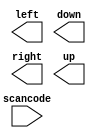
// Suppose you're building a circuit to process scancodes from a PS/2 keyboard for a game. 
// Given the last two bytes of scancodes received, you need to indicate whether one of the 
// arrow keys on the keyboard have been pressed. This involves a fairly simple mapping, 
// which can be implemented as a case statement (or if-elseif) with four cases.


// Scancode [15:0]	Arrow key
// 16'he06b		left arrow
// 16'he072		down arrow
// 16'he074		right arrow
// 16'he075		up arrow
// Anything else	none

// Hint: Your circuit has one 16-bit input, and four outputs. Build this circuit that 
// recognizes these four scancodes and asserts the correct output.

// To avoid creating latches, all outputs must be assigned a value in all possible conditions. 
// Simply having a default case is not enough. You must assign a value to all four outputs in 
// all four cases and the default case. This can involve a lot of unnecessary typing. 
// One easy way around this is to assign a "default value" to the outputs before the case statement:

// always @(*) begin
//    up = 1'b0; down = 1'b0; left = 1'b0; right = 1'b0;
//    case (scancode)
//        ... // Set to 1 as necessary.
//    endcase
// end

// synthesis verilog_input_version verilog_2001
module top_module (
    input [15:0] scancode,
    output reg left,
    output reg down,
    output reg right,
    output reg up  ); 

    // Insert your code here

endmodule